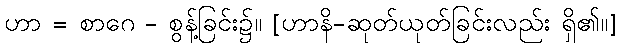
ဟာ = စာဂေ - စွန့်ခြင်း၌။ [ဟာနိ-ဆုတ်ယုတ်ခြင်းလည်း ရှိ၏။]